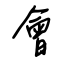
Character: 會